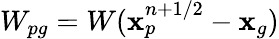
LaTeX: W_{pg}=W(\mathbf{x}_{p}^{n+1/2}-\mathbf{x}_{g})